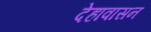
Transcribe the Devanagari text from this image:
देहावासन